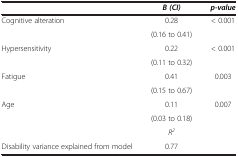
<table><thead><tr><td><b> </b></td><td><b><i>B (CI)</i></b></td><td><b><i>p-value</i></b></td></tr></thead><tbody><tr><td>Cognitive alteration</td><td>0.28</td><td>&lt; 0.001</td></tr><tr><td> </td><td>(0.16 to 0.41)</td><td> </td></tr><tr><td>Hypersensitivity</td><td>0.22</td><td>&lt; 0.001</td></tr><tr><td> </td><td>(0.11 to 0.32)</td><td> </td></tr><tr><td>Fatigue</td><td>0.41</td><td>0.003</td></tr><tr><td> </td><td>(0.15 to 0.67)</td><td> </td></tr><tr><td>Age</td><td>0.11</td><td>0.007</td></tr><tr><td> </td><td>(0.03 to 0.18)</td><td> </td></tr><tr><td> </td><td><i>R</i><sup><i>2</i></sup></td><td> </td></tr><tr><td>Disability variance explained from model</td><td>0.77</td><td> </td></tr></tbody></table>